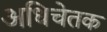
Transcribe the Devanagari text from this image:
अधिचेतक